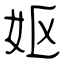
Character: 妪